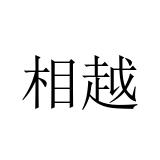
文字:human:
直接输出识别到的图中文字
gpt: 相越